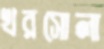
খরসোলা